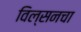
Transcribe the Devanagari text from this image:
विल्सनचा